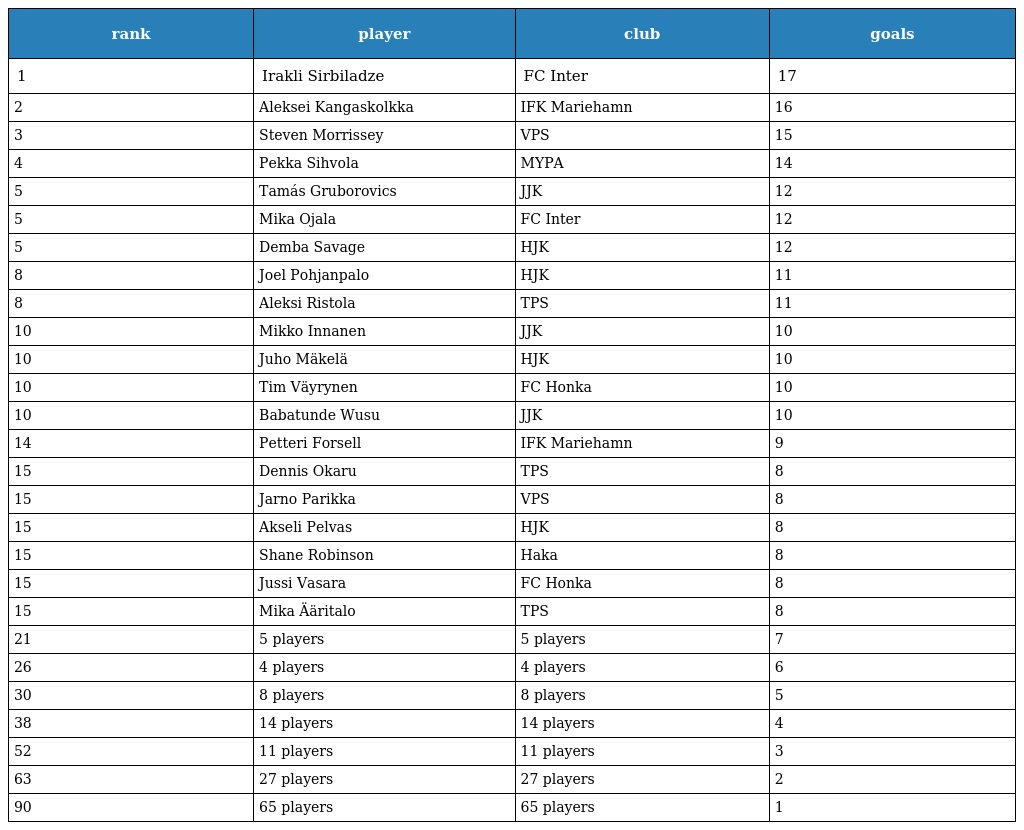
| rank | player | club | goals |
 | --- | --- | --- | --- |
 | 1 | Irakli Sirbiladze | FC Inter | 17 |
 | 2 | Aleksei Kangaskolkka | IFK Mariehamn | 16 |
 | 3 | Steven Morrissey | VPS | 15 |
 | 4 | Pekka Sihvola | MYPA | 14 |
 | 5 | Tamás Gruborovics | JJK | 12 |
 | 5 | Mika Ojala | FC Inter | 12 |
 | 5 | Demba Savage | HJK | 12 |
 | 8 | Joel Pohjanpalo | HJK | 11 |
 | 8 | Aleksi Ristola | TPS | 11 |
 | 10 | Mikko Innanen | JJK | 10 |
 | 10 | Juho Mäkelä | HJK | 10 |
 | 10 | Tim Väyrynen | FC Honka | 10 |
 | 10 | Babatunde Wusu | JJK | 10 |
 | 14 | Petteri Forsell | IFK Mariehamn | 9 |
 | 15 | Dennis Okaru | TPS | 8 |
 | 15 | Jarno Parikka | VPS | 8 |
 | 15 | Akseli Pelvas | HJK | 8 |
 | 15 | Shane Robinson | Haka | 8 |
 | 15 | Jussi Vasara | FC Honka | 8 |
 | 15 | Mika Ääritalo | TPS | 8 |
 | 21 | 5 players | 5 players | 7 |
 | 26 | 4 players | 4 players | 6 |
 | 30 | 8 players | 8 players | 5 |
 | 38 | 14 players | 14 players | 4 |
 | 52 | 11 players | 11 players | 3 |
 | 63 | 27 players | 27 players | 2 |
 | 90 | 65 players | 65 players | 1 |